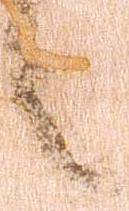
之